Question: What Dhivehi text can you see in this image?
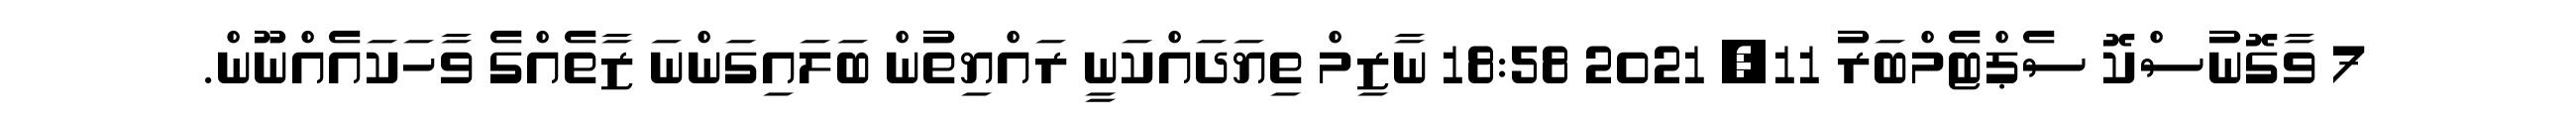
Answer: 7 ވާގޮނުސްކޮ ސެޕްޓެމްބަރު 11, 2021 18:58 ނާޒިމް ތިޔަދައްކަނީ ރައްޔިތުން ބަލައިގަންނަ ޒާތެއްގެ ވާހަކައެއްނޫން.